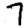
Digit: 7